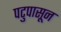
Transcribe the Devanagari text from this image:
पटुपासून